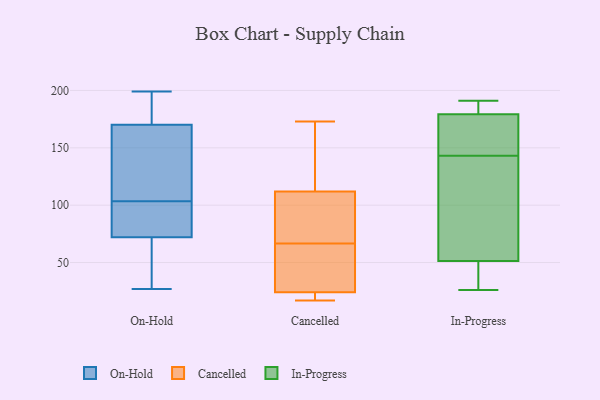
{"axis": {"x": "Page Views", "y": "Value"}, "legend": ["Cancelled", "In-Progress", "On-Hold"], "data": [{"x": "", "y": 149, "type": "On-Hold"}, {"x": "", "y": 187, "type": "On-Hold"}, {"x": "", "y": 27, "type": "On-Hold"}, {"x": "", "y": 96, "type": "On-Hold"}, {"x": "", "y": 153, "type": "On-Hold"}, {"x": "", "y": 199, "type": "On-Hold"}, {"x": "", "y": 101, "type": "On-Hold"}, {"x": "", "y": 31, "type": "On-Hold"}, {"x": "", "y": 106, "type": "On-Hold"}, {"x": "", "y": 81, "type": "On-Hold"}, {"x": "", "y": 63, "type": "On-Hold"}, {"x": "", "y": 190, "type": "On-Hold"}, {"x": "", "y": 83, "type": "Cancelled"}, {"x": "", "y": 65, "type": "Cancelled"}, {"x": "", "y": 144, "type": "Cancelled"}, {"x": "", "y": 145, "type": "Cancelled"}, {"x": "", "y": 70, "type": "Cancelled"}, {"x": "", "y": 68, "type": "Cancelled"}, {"x": "", "y": 39, "type": "Cancelled"}, {"x": "", "y": 17, "type": "Cancelled"}, {"x": "", "y": 55, "type": "Cancelled"}, {"x": "", "y": 112, "type": "Cancelled"}, {"x": "", "y": 173, "type": "Cancelled"}, {"x": "", "y": 22, "type": "Cancelled"}, {"x": "", "y": 18, "type": "Cancelled"}, {"x": "", "y": 24, "type": "Cancelled"}, {"x": "", "y": 118, "type": "In-Progress"}, {"x": "", "y": 124, "type": "In-Progress"}, {"x": "", "y": 26, "type": "In-Progress"}, {"x": "", "y": 191, "type": "In-Progress"}, {"x": "", "y": 143, "type": "In-Progress"}, {"x": "", "y": 180, "type": "In-Progress"}, {"x": "", "y": 29, "type": "In-Progress"}, {"x": "", "y": 189, "type": "In-Progress"}, {"x": "", "y": 154, "type": "In-Progress"}, {"x": "", "y": 26, "type": "In-Progress"}, {"x": "", "y": 177, "type": "In-Progress"}]}